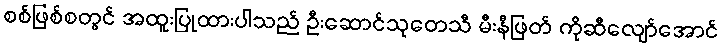
စစ်ဖြစ်စတွင် အထူးပြုထားပါသည် ဦးဆောင်သုတေသီ မီးနီဖြတ် ကိုဆီလျော်အောင်